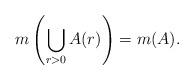
LaTeX: \begin{align*}{ m\left(\bigcup_{r>0}A(r)\right)=m(A).} \end{align*}